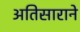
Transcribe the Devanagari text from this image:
अतिसाराने